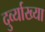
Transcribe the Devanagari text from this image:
दुर्व्याख्या